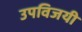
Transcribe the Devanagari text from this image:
उपविजयी